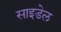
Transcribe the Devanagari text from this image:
साइडेल